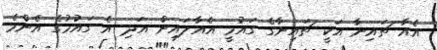
އެއާ ޗައިނާ އަކީ ޗައިނާގެ ގައުމީ އެއާލައިން އަދި އެ ގައުމުގެ އެންމެ